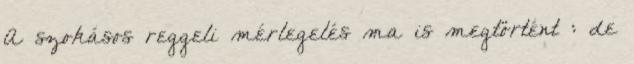
A szokásos reggeli mérlegelés ma is megtörtént : de